Bréfritari: Árni Sigurðsson
Viðtakandi: Halldór Jónsson
Dagsetning: A-1874-05-14
Skrifað á: Eyvindarstöðum  N-Múl.

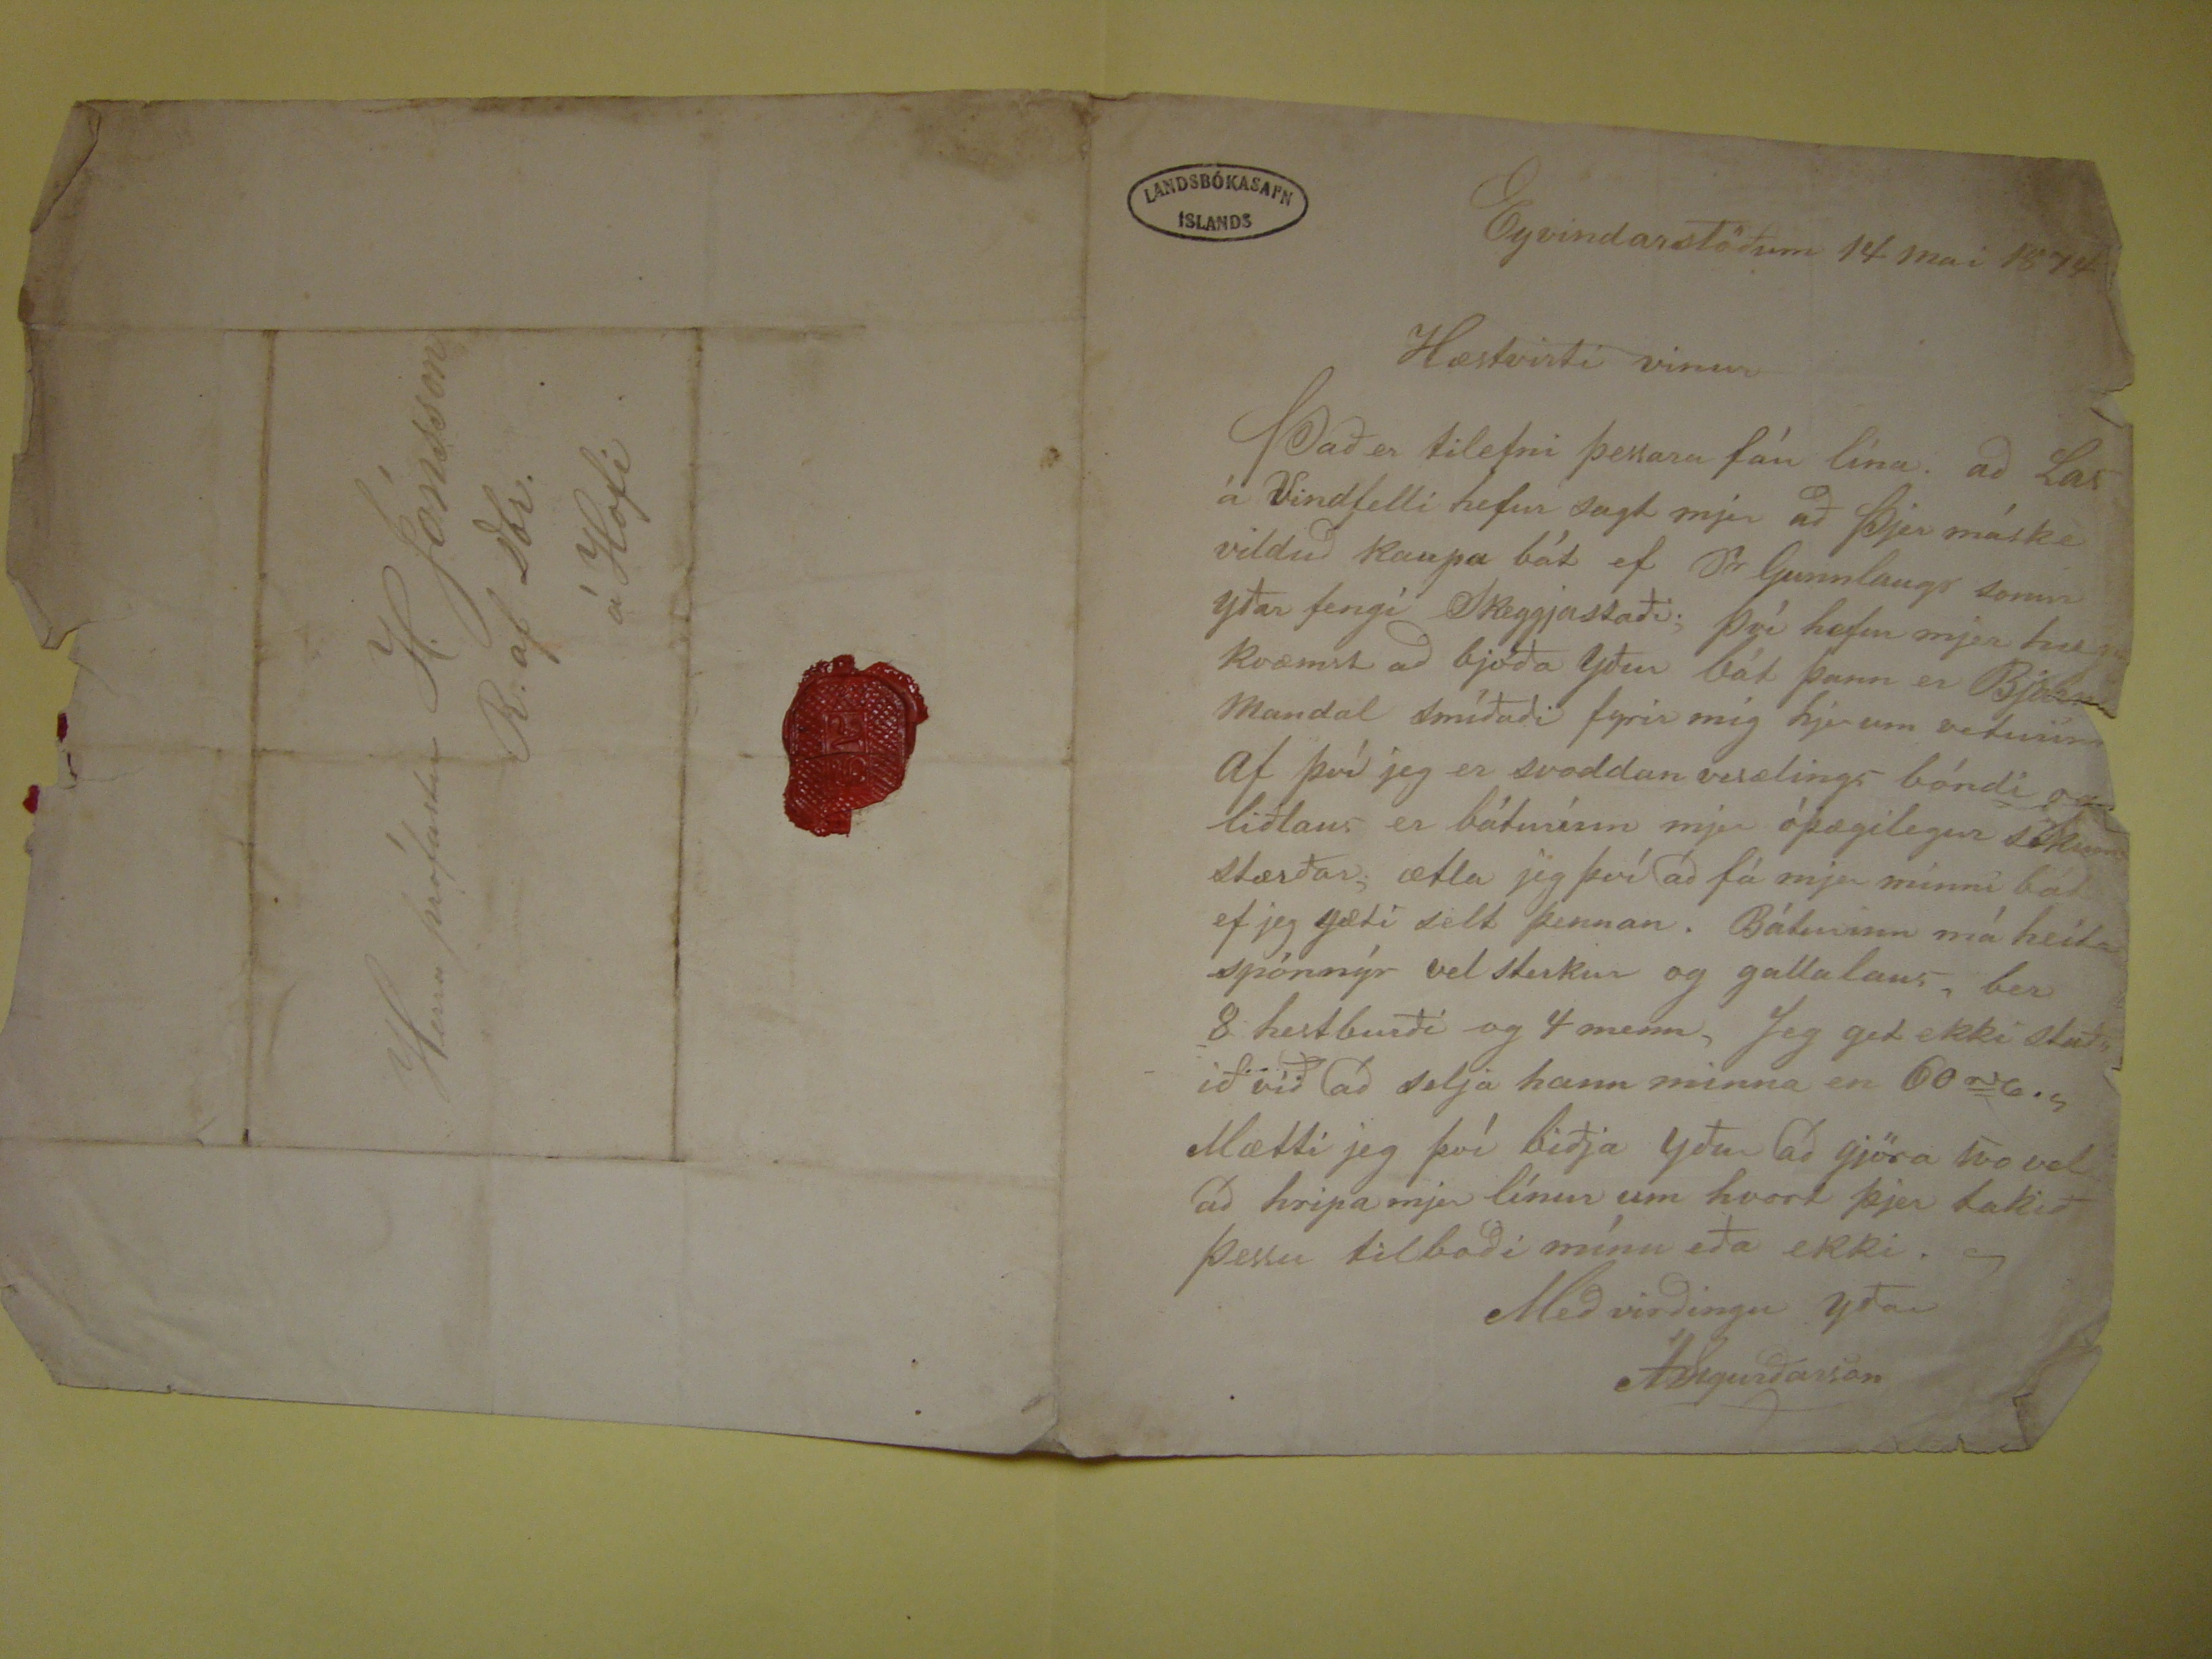

Eyvindarstöðum 14 mai 1874
Hæstvirti vinur
Það er tilefni þessara fáu lína. að Las á Vindfelli hefur sagt mjer að þjer máske vilduð kaupa báta ef Pr Gunnlaugr sonur yðar fengi Skeggjastaði. Því hefur mjer
hugkvæmst að bjóða yður bát þann er Bjarni Mandal smíðaði fyrir mig hjer um veturinn Af því jeg er svoddan vesælings bóndi og liðlaus er báturínn mjer óþægilegur
sökum stærðar, ætla jeg því að fá mjer minni bát ef jeg gæti selt þennan. Báturinn má heita spónnýr vel sterkur og gallalaus, ber 8 hestburði og 4 menn, Jeg get ekki
staðið við að selja hann minna en 60
r
6. s
Mætti jeg því biðja yður að gjöra svo vel að hripa mjer línur um hvort
þjer takið þessu tilboði mínu eða ekki.
Með virðingu yðar
ÁSigurðarson
Herra prófastur H. Jónsson
R. af Dbr.
á Hofi